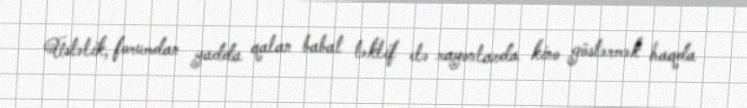
Üstəlik, forumdan yadda qalan babat təklif elə rayonlarda kino göstərmək haqda